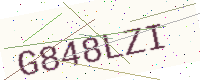
Text: G848LZI